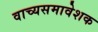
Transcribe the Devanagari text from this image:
वाच्यसमावेशक